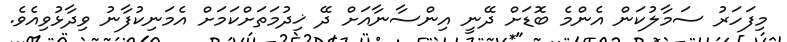
މިފަހަރު ސަމާލުކަން އެންމެ ބޮޑަށް ދޭނީ އިންސާނާއަށް ދޭ ޚިދުމަތަށްކަމަށް އެމަނިކުފާނު ވިދާޅުވިއެވެ.